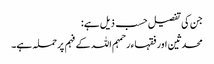
جن کی تفصیل حسب ذیل ہے:
محدثین اور فقہاء رحمہم اللہ کے فہم پر حملہ ہے۔